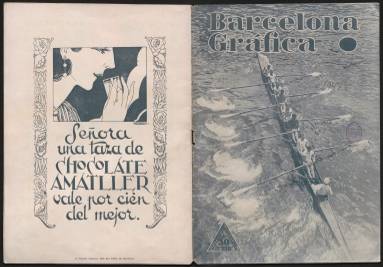
Título: Barcelona gráfica
Colección: Revistas de información general || Cultura
Ámbito geográfico: Barcelona
Lugar de publicación: Barcelona
Fechas: 09/04/1930-16/07/1930